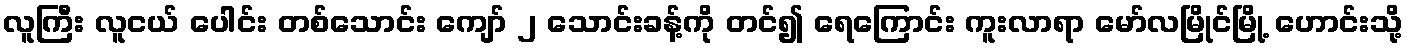
လူကြီး လူငယ် ပေါင်း တစ်သောင်း ကျော် ၂ သောင်းခန့်ကို တင်၍ ရေကြောင်း ကူးလာရာ မော်လမြိုင်မြို့ ဟောင်းသို့